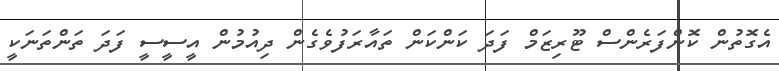
އެގޮތުން ކޮންފަރެންސް ޓޫރިޒަމް ފަދަ ކަންކަން ތައާރަފުވެގެން ދިއުމުން އީސީސީ ފަދަ ތަންތަނަކީ